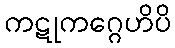
ကဋုကဂ္ဂေဟိပိ